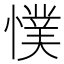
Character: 𭞴